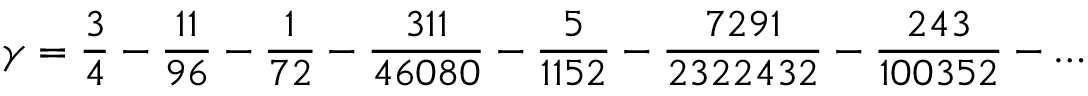
\gamma = { \frac { 3 } { 4 } } - { \frac { 1 1 } { 9 6 } } - { \frac { 1 } { 7 2 } } - { \frac { 3 1 1 } { 4 6 0 8 0 } } - { \frac { 5 } { 1 1 5 2 } } - { \frac { 7 2 9 1 } { 2 3 2 2 4 3 2 } } - { \frac { 2 4 3 } { 1 0 0 3 5 2 } } - \ldots